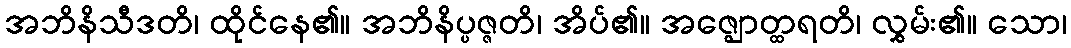
အဘိနိသီဒတိ၊ ထိုင်နေ၏။ အဘိနိပ္ပဇ္ဇတိ၊ အိပ်၏။ အဇ္ဈောတ္ထရတိ၊ လွှမ်း၏။ သော၊